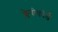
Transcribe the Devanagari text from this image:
क्लेवीकोर्ड